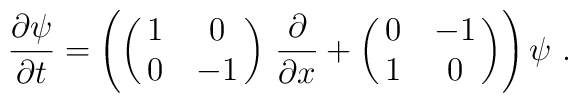
\frac{\partial \psi}{\partial t} =\left(\pmatrix { 1 & 0\cr 0 &-1}\,\frac{\partial}{\partial x} +\pmatrix {0 & -1\cr 1 & 0}\right)\psi\ .